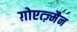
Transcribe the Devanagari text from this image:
ग़ोएत्ज़्मैन